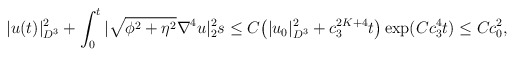
\begin{align*}&|u(t)|^2_{D^3}+\int_0^t |\sqrt{\phi^2+\eta^2} \nabla^4 u|^2_2s \leq C\big(|u_0|^2_{D^3}+c^{2K+4}_3t\big)\exp (Cc^{4}_3 t)\leq Cc^{2}_0,\end{align*}